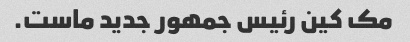
مک کین رئیس جمهور جدید ماست.